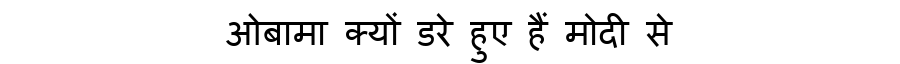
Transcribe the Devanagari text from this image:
ओबामा क्यों डरे हुए हैं मोदी से